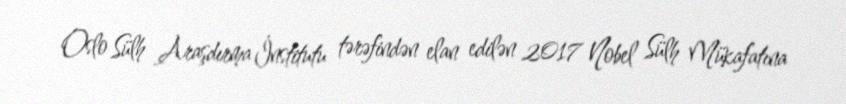
Oslo Sülh Araşdırma İnstitutu tərəfindən elan edilən 2017 Nobel Sülh Mükafatına